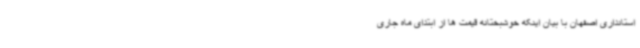
استانداری اصفهان با بیان اینکه خوشبختانه قیمت ها از ابتدای ماه جاری